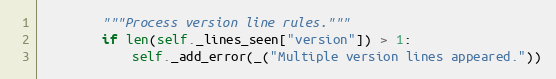
Language: Python
        """Process version line rules."""
        if len(self._lines_seen["version"]) > 1:
            self._add_error(_("Multiple version lines appeared."))